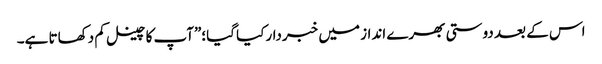
اس کے بعد دوستی بھرے انداز میں خبردارکیا گیا؛”آپ کا چینل کم دکھاتا ہے۔